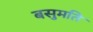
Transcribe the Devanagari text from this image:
बसुमति